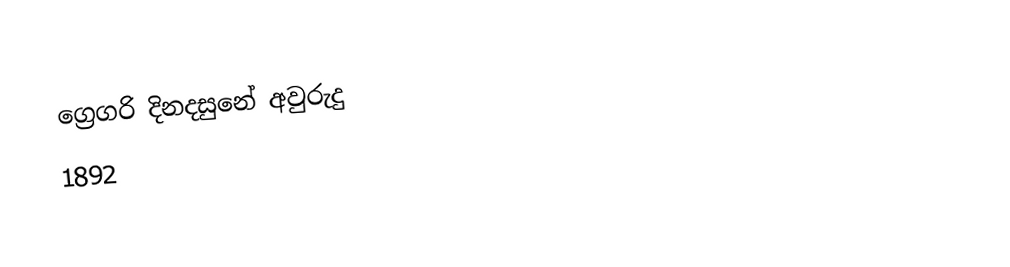
ග්‍රෙගරි දිනදසුනේ අවුරුදු
1892